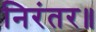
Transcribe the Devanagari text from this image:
निरंतर॥